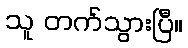
သူ တက်သွားပြီ။